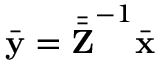
\bar { \mathbf { y } } = \bar { \bar { \mathbf { Z } } } ^ { - 1 } \bar { \mathbf { x } }